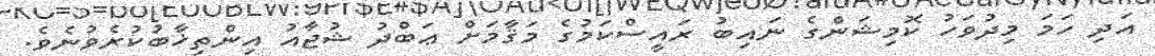
އަދި ހަމަ މިދުވަހު ކޮމިޝަންގެ ނައިބު ރައީސްކަމުގެ މަޤާމަށް ޢަބްދު ޝުޖާއު އިންތިޚާބުކުރެވުނެވެ.